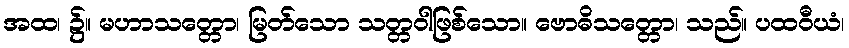
အထ၊ ၌။ မဟာသတ္တော၊ မြတ်သော သတ္တဝါဖြစ်သော။ ဗောဓိသတ္တော၊ သည်။ ပထဝီယံ၊